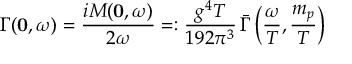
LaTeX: \Gamma ( { \bf 0 } , \omega ) = \frac { i { \cal M } ( { \bf 0 } , \omega ) } { 2 \omega } = : \frac { g ^ { 4 } T } { 1 9 2 \pi ^ { 3 } } \, { \bar { \Gamma } } \left( \frac { \omega } { T } , \frac { m _ { p } } { T } \right)